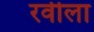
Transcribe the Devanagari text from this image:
रवीला